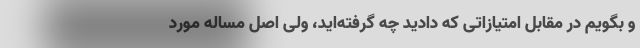
و بگویم در مقابل امتیازاتی که دادید چه گرفته‌اید، ولی اصل مساله مورد